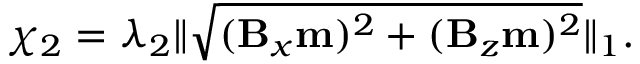
\chi _ { 2 } = \lambda _ { 2 } \| \sqrt { ( \mathbf { B } _ { x } \mathbf { m } ) ^ { 2 } + ( \mathbf { B } _ { z } \mathbf { m } ) ^ { 2 } } \| _ { 1 } .